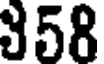
358